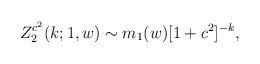
LaTeX: \begin{align*}Z_2^{c^2}(k; 1,w) \sim m_{1}(w) [1+c^2]^{-k}, \end{align*}